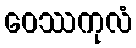
ဝေဿကုလံ